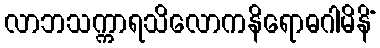
လာဘသက္ကာရသိလောကနိရောဓဂါမိနိံ